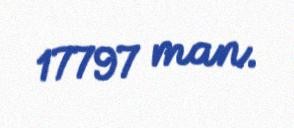
17797 man.